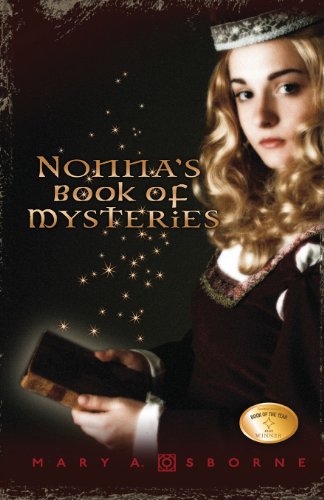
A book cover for Nonna's Book of Mysteries (Alchemy); Mary A. Osborne; Teen & Young Adult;